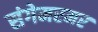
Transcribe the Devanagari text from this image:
संगेमरमर